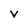
Character: v